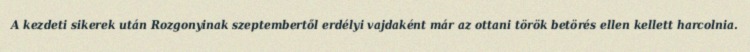
A kezdeti sikerek után Rozgonyinak szeptembertől erdélyi vajdaként már az ottani török betörés ellen kellett harcolnia.